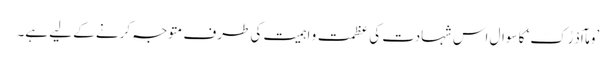
’وَمَآ اَدْرٰکَ‘ کا سوال اس شہادت کی عظمت و اہمیت کی طرف متوجہ کرنے کے لیے ہے۔